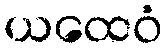
ယထေဝံ